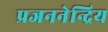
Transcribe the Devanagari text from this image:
प्रजननेन्द्रिय